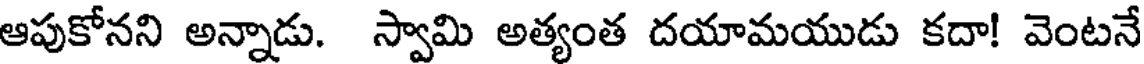
ఆపుకోనని అన్నాడు. స్వామి అత్యంత దయామయుడు కదా! వెంటనే